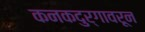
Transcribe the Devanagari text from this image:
कनकदुर्गावरून